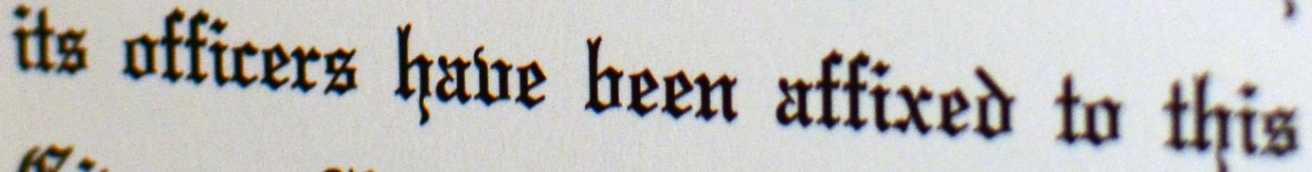
its officers have been affixed to this